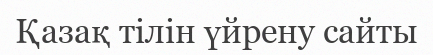
Қазақ тілін үйрену сайты